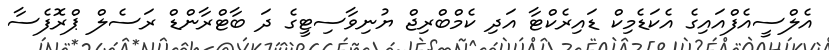
އެލްސީއެފްއައިގެ އެކަޑެމިކް ޑައިރެކްޓާ އަދި ކެމްބްރިޖް ޔުނިވާސިޓީގެ ދަ ބާޓްރާންޑް ރަސެލް ޕްރޮފެސާ